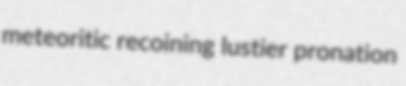
meteoritic recoining lustier pronation